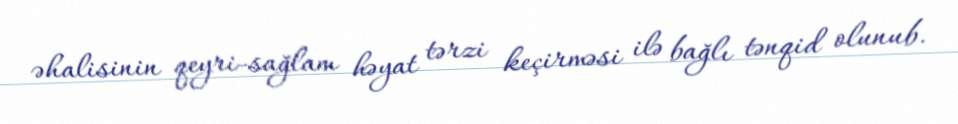
əhalisinin qeyri-sağlam həyat tərzi keçirməsi ilə bağlı tənqid olunub.